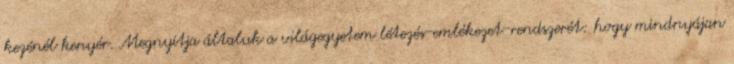
kezénél kenyér. Meg­nyit­ja általuk a világegyetem létezés-emlékezet-rendszerét: hogy mind­nyájan